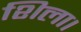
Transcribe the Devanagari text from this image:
शिला।